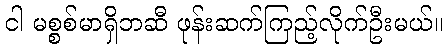
ငါ မစ္စစ်မာရှိဘဆီ ဖုန်းဆက်ကြည့်လိုက်ဦးမယ်။